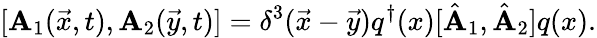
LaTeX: [\mathbf{A}_{1}(\vec{{x}},t),\mathbf{A}_{2}(\vec{{y}},t)]=\delta^{3}(\vec{{x}}-\vec{{y}})q^{\dagger}(x)[\hat{{\mathbf{A}}}_{1},\hat{{\mathbf{A}}}_{2}]q(x).